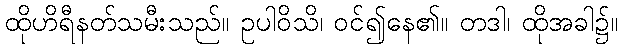
ထိုဟိရီနတ်သမီးသည်။ ဥပါဝိသိ၊ ဝင်၍နေ၏။ တဒါ၊ ထိုအခါ၌။